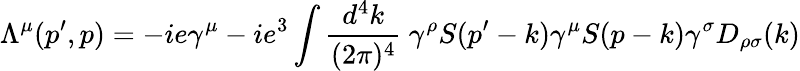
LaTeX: \Lambda^{\mu}(p^{\prime},p)=-ie\gamma^{\mu}-ie^{3}\int{\frac{d^{4}k}{(2\pi)^{4}}}\ \gamma^{\rho}S(p^{\prime}-k)\gamma^{\mu}S(p-k)\gamma^{\sigma}D_{\rho\sigma}(k)